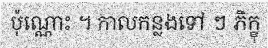
ប៉ុណ្ណោះ ។ កាលកន្លងទៅ ៗ ភិក្ខុ